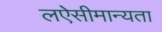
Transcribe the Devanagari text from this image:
लऐसीमान्यता